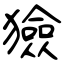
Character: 獫